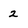
Character: 2